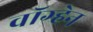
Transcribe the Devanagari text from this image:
वाॅग्हेन